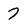
Character: 7